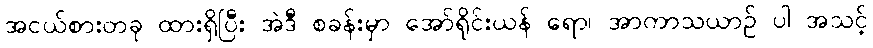
အငယ်စားတခု ထားရှိပြီး အဲဒီ စခန်းမှာ အော်ရိုင်းယန် ရော၊ အာကာသယာဉ် ပါ အသင့်